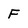
Character: F